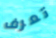
تعرف